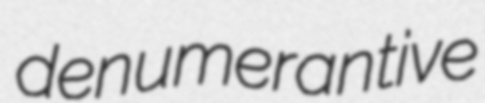
denumerantive